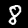
Digit: 8